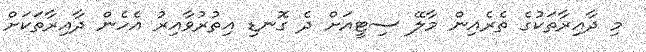
މި ދާއިރާތަކުގެ ތެރެއިން މާލޭ ސިޓީއަށް ދެ ގޮނޑި އިތުރުވާއިރު އެހެން ދާއިރާތަކަށް